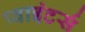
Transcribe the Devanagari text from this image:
प्वाइंटर्स